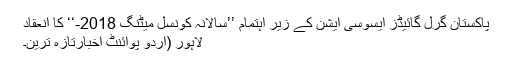
پاکستان گرل گائیڈز ایسوسی ایشن کے زیر اہتمام ’’سالانہ کونسل میٹنگ 2018-‘‘ کا انعقاد
ْلاہور (اُردو پوائنٹ اخبارتازہ ترین۔